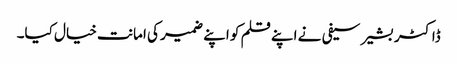
ڈاکٹر بشیر سیفی نے اپنے قلم کو اپنے ضمیر کی امانت خیال کیا۔